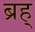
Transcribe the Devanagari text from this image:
ब्रह्